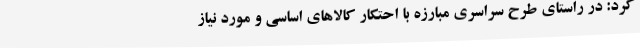
کرد: در راستای طرح سراسری مبارزه با احتکار کالاهای اساسی و مورد نیاز